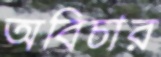
অবিচার